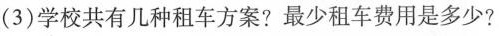
(3)学校共有几种租车方案?最少租车费用是多少?